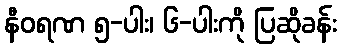
နီဝရဏ ၅-ပါး၊ ၆-ပါးကို ပြဆိုခန်း